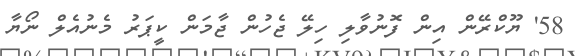
58' ޔޫކްރޭން އިން ފޮނުވާލި ހިލޭ ޖެހުން ޖާމަން ކީޕަރު މެނުއެލް ނޯޔާ